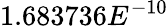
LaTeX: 1.683736E^{-10}